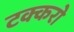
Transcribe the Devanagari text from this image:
टक्करो